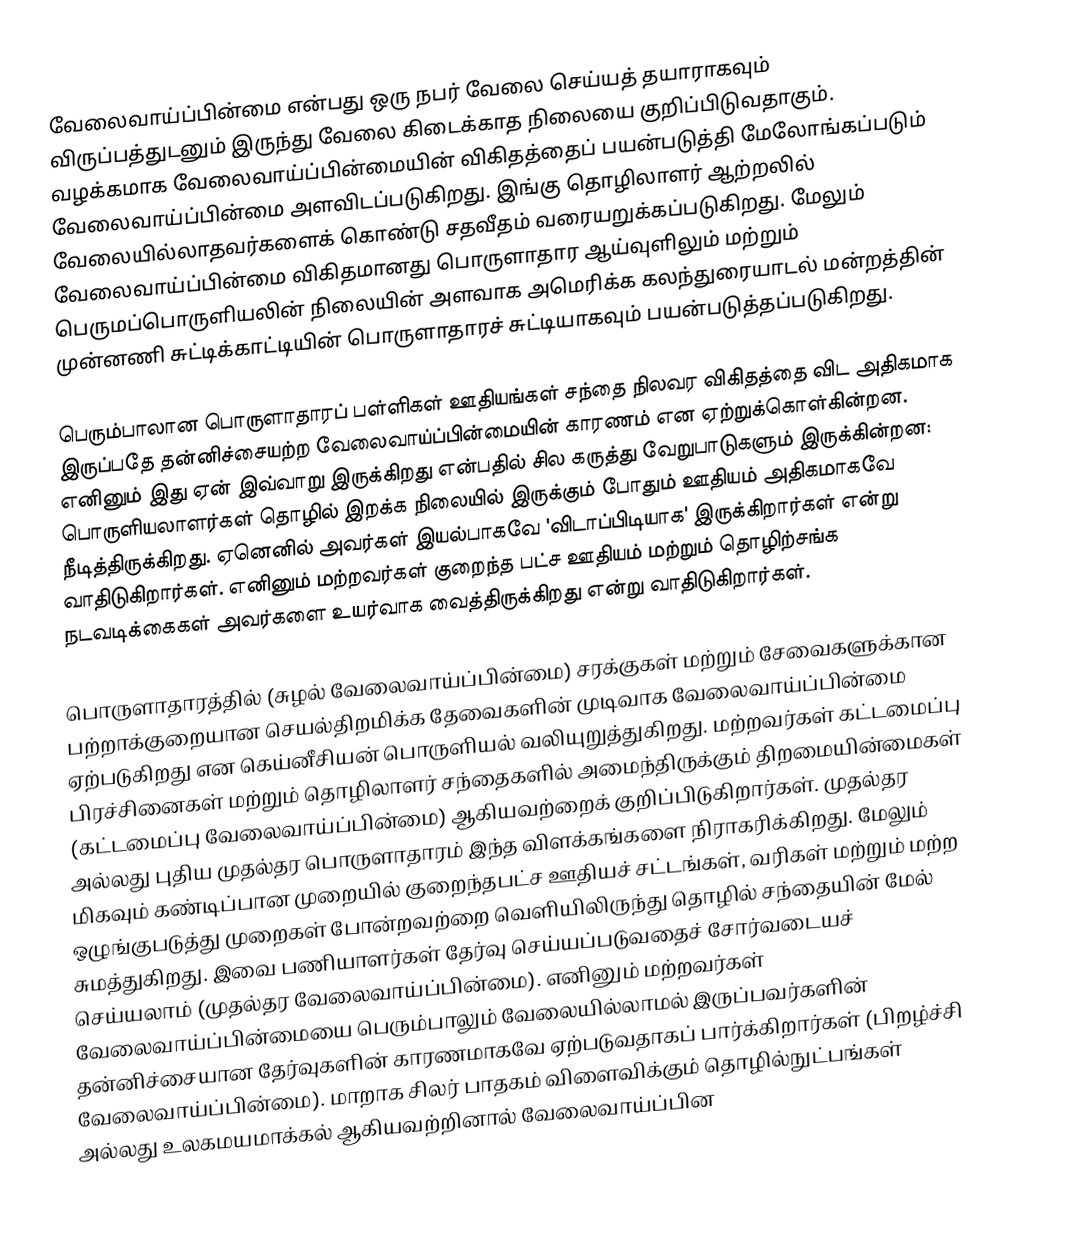
வேலைவாய்ப்பின்மை என்பது ஒரு நபர் வேலை செய்யத் தயாராகவும் விருப்பத்துடனும் இருந்து வேலை கிடைக்காத நிலையை குறிப்பிடுவதாகும். வழக்கமாக வேலைவாய்ப்பின்மையின் விகிதத்தைப் பயன்படுத்தி மேலோங்கப்படும் வேலைவாய்ப்பின்மை அளவிடப்படுகிறது. இங்கு தொழிலாளர் ஆற்றலில் வேலையில்லாதவர்களைக் கொண்டு சதவீதம் வரையறுக்கப்படுகிறது. மேலும் வேலைவாய்ப்பின்மை விகிதமானது பொருளாதார ஆய்வுளிலும் மற்றும் பெருமப்பொருளியலின் நிலையின் அளவாக அமெரிக்க கலந்துரையாடல் மன்றத்தின் முன்னணி சுட்டிக்காட்டியின் பொருளாதாரச் சுட்டியாகவும் பயன்படுத்தப்படுகிறது.

பெரும்பாலான பொருளாதாரப் பள்ளிகள் ஊதியங்கள் சந்தை நிலவர விகிதத்தை விட அதிகமாக இருப்பதே தன்னிச்சையற்ற வேலைவாய்ப்பின்மையின் காரணம் என ஏற்றுக்கொள்கின்றன. எனினும் இது ஏன் இவ்வாறு இருக்கிறது என்பதில் சில கருத்து வேறுபாடுகளும் இருக்கின்றன: பொருளியலாளர்கள் தொழில் இறக்க நிலையில் இருக்கும் போதும் ஊதியம் அதிகமாகவே நீடித்திருக்கிறது. ஏனெனில் அவர்கள் இயல்பாகவே 'விடாப்பிடியாக' இருக்கிறார்கள் என்று வாதிடுகிறார்கள். எனினும் மற்றவர்கள்  குறைந்த பட்ச ஊதியம் மற்றும் தொழிற்சங்க நடவடிக்கைகள் அவர்களை உயர்வாக வைத்திருக்கிறது என்று வாதிடுகிறார்கள்.

பொருளாதாரத்தில் (சுழல் வேலைவாய்ப்பின்மை) சரக்குகள் மற்றும் சேவைகளுக்கான பற்றாக்குறையான செயல்திறமிக்க தேவைகளின் முடிவாக வேலைவாய்ப்பின்மை ஏற்படுகிறது என கெய்னீசியன் பொருளியல் வலியுறுத்துகிறது. மற்றவர்கள் கட்டமைப்பு பிரச்சினைகள் மற்றும் தொழிலாளர் சந்தைகளில் அமைந்திருக்கும் திறமையின்மைகள் (கட்டமைப்பு வேலைவாய்ப்பின்மை) ஆகியவற்றைக் குறிப்பிடுகிறார்கள். முதல்தர அல்லது புதிய முதல்தர பொருளாதாரம் இந்த விளக்கங்களை நிராகரிக்கிறது. மேலும் மிகவும் கண்டிப்பான முறையில் குறைந்தபட்ச ஊதியச் சட்டங்கள், வரிகள் மற்றும் மற்ற ஒழுங்குபடுத்து முறைகள் போன்றவற்றை வெளியிலிருந்து தொழில் சந்தையின் மேல் சுமத்துகிறது. இவை பணியாளர்கள் தேர்வு செய்யப்படுவதைச் சோர்வடையச் செய்யலாம் (முதல்தர வேலைவாய்ப்பின்மை). எனினும் மற்றவர்கள் வேலைவாய்ப்பின்மையை பெரும்பாலும் வேலையில்லாமல் இருப்பவர்களின் தன்னிச்சையான தேர்வுகளின் காரணமாகவே ஏற்படுவதாகப் பார்க்கிறார்கள் (பிறழ்ச்சி வேலைவாய்ப்பின்மை). மாறாக சிலர் பாதகம் விளைவிக்கும் தொழில்நுட்பங்கள் அல்லது உலகமயமாக்கல் ஆகியவற்றினால் வேலைவாய்ப்பின